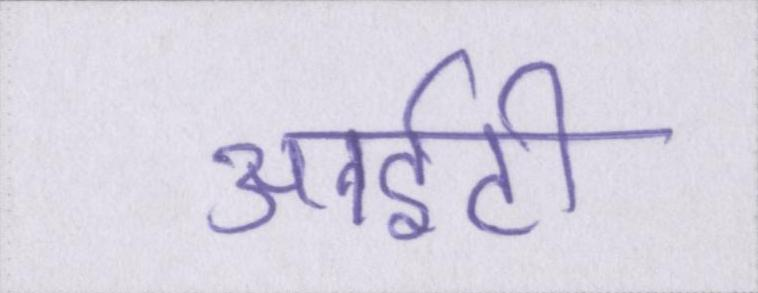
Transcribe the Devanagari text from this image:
आईटी